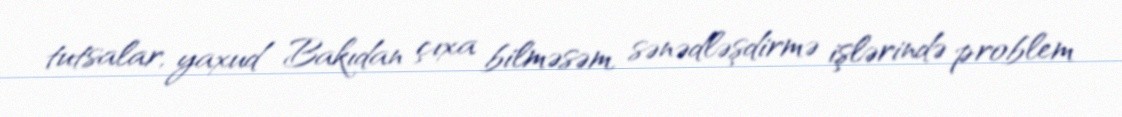
tutsalar, yaxud Bakıdan çıxa bilməsəm, sənədləşdirmə işlərində problem